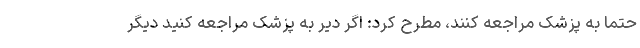
حتما به پزشک مراجعه کنند، مطرح کرد: اگر دیر به پزشک مراجعه کنید دیگر